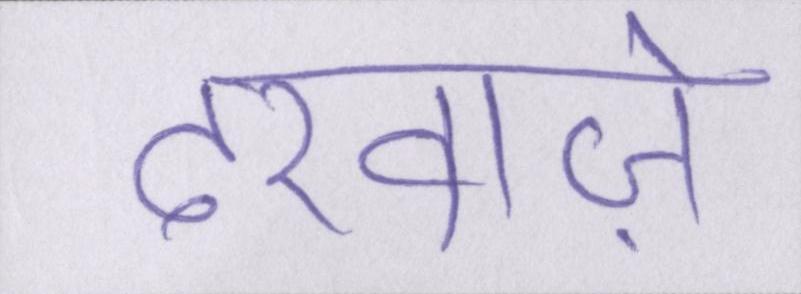
दरवाज़े